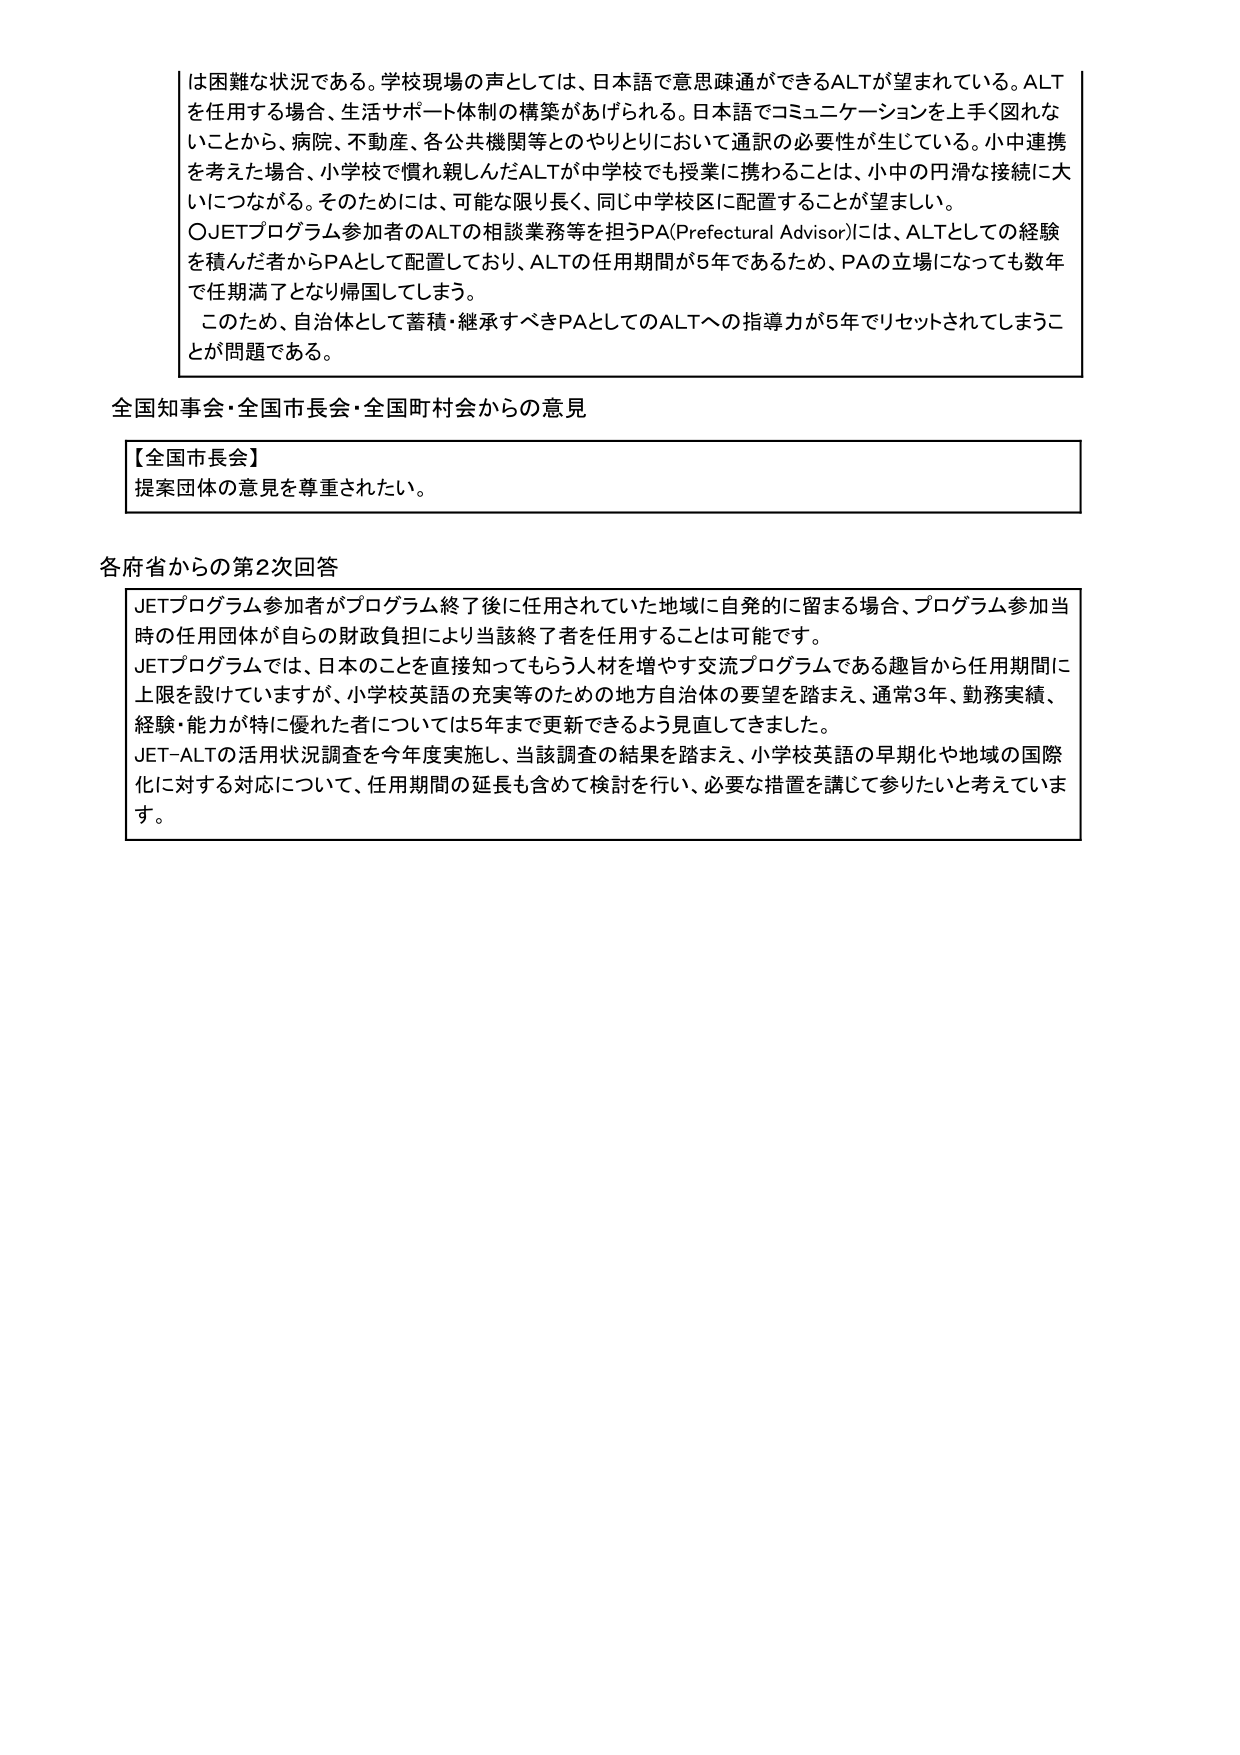
は困難な状況である。学校現場の声としては、日本語で意思疎通ができるALTが望まれている。ALTを任用する場合、生活サポート体制の構築があげられる。日本語でコミュニケーションを上手く図れないことから、病院、不動産、各公共機関等とのやりとりにおいて通訳の必要性が生じている。小中連携を考えた場合、小学校で慣れ親しんだALTが中学校でも授業に携わることは、小中の円滑な接続に大いにつながる。そのためには、可能な限り長く、同じ中学校区に配置することが望ましい。

〇JETプログラム参加者のALTの相談業務等を担うPA(Prefectural Advisor)には、ALTとしての経験を積んだ者からPAとして配置しており、ALTの任用期間が5年であるため、PAの立場になっても数年で任期満了となり帰国してしまう。

このため、自治体として蓄積・継承すべきPAとしてのALTへの指導力が5年でリセットされてしまうことが問題である。

全国知事会・全国市長会・全国町村会からの意見

【全国市長会】
提案団体の意見を尊重されたい。

各府省からの第2次回答

JETプログラム参加者がプログラム終了後に任用されていた地域に自発的に留まる場合、プログラム参加当時の任用団体が自らの財政負担により当該終了者を任用することは可能です。
JETプログラムでは、日本のことを見直接知ってもらう人材を増やす交流プログラムである趣旨から任用期間に上限を設けていますが、小学校英語の充実等のための地方自治体の要望を踏まえ、通常3年、勤務実績、経験・能力が特に優れた者については5年まで更新できるよう見直してきました。
JET-ALTの活用状況調査を今年度実施し、当該調査の結果を踏まえ、小学校英語の早期化や地域の国際化に対する対応について、任用期間の延長も含めて検討を行い、必要な措置を講じて参りたいと考えています。